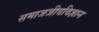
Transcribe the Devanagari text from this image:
समाजजीवविज्ञान